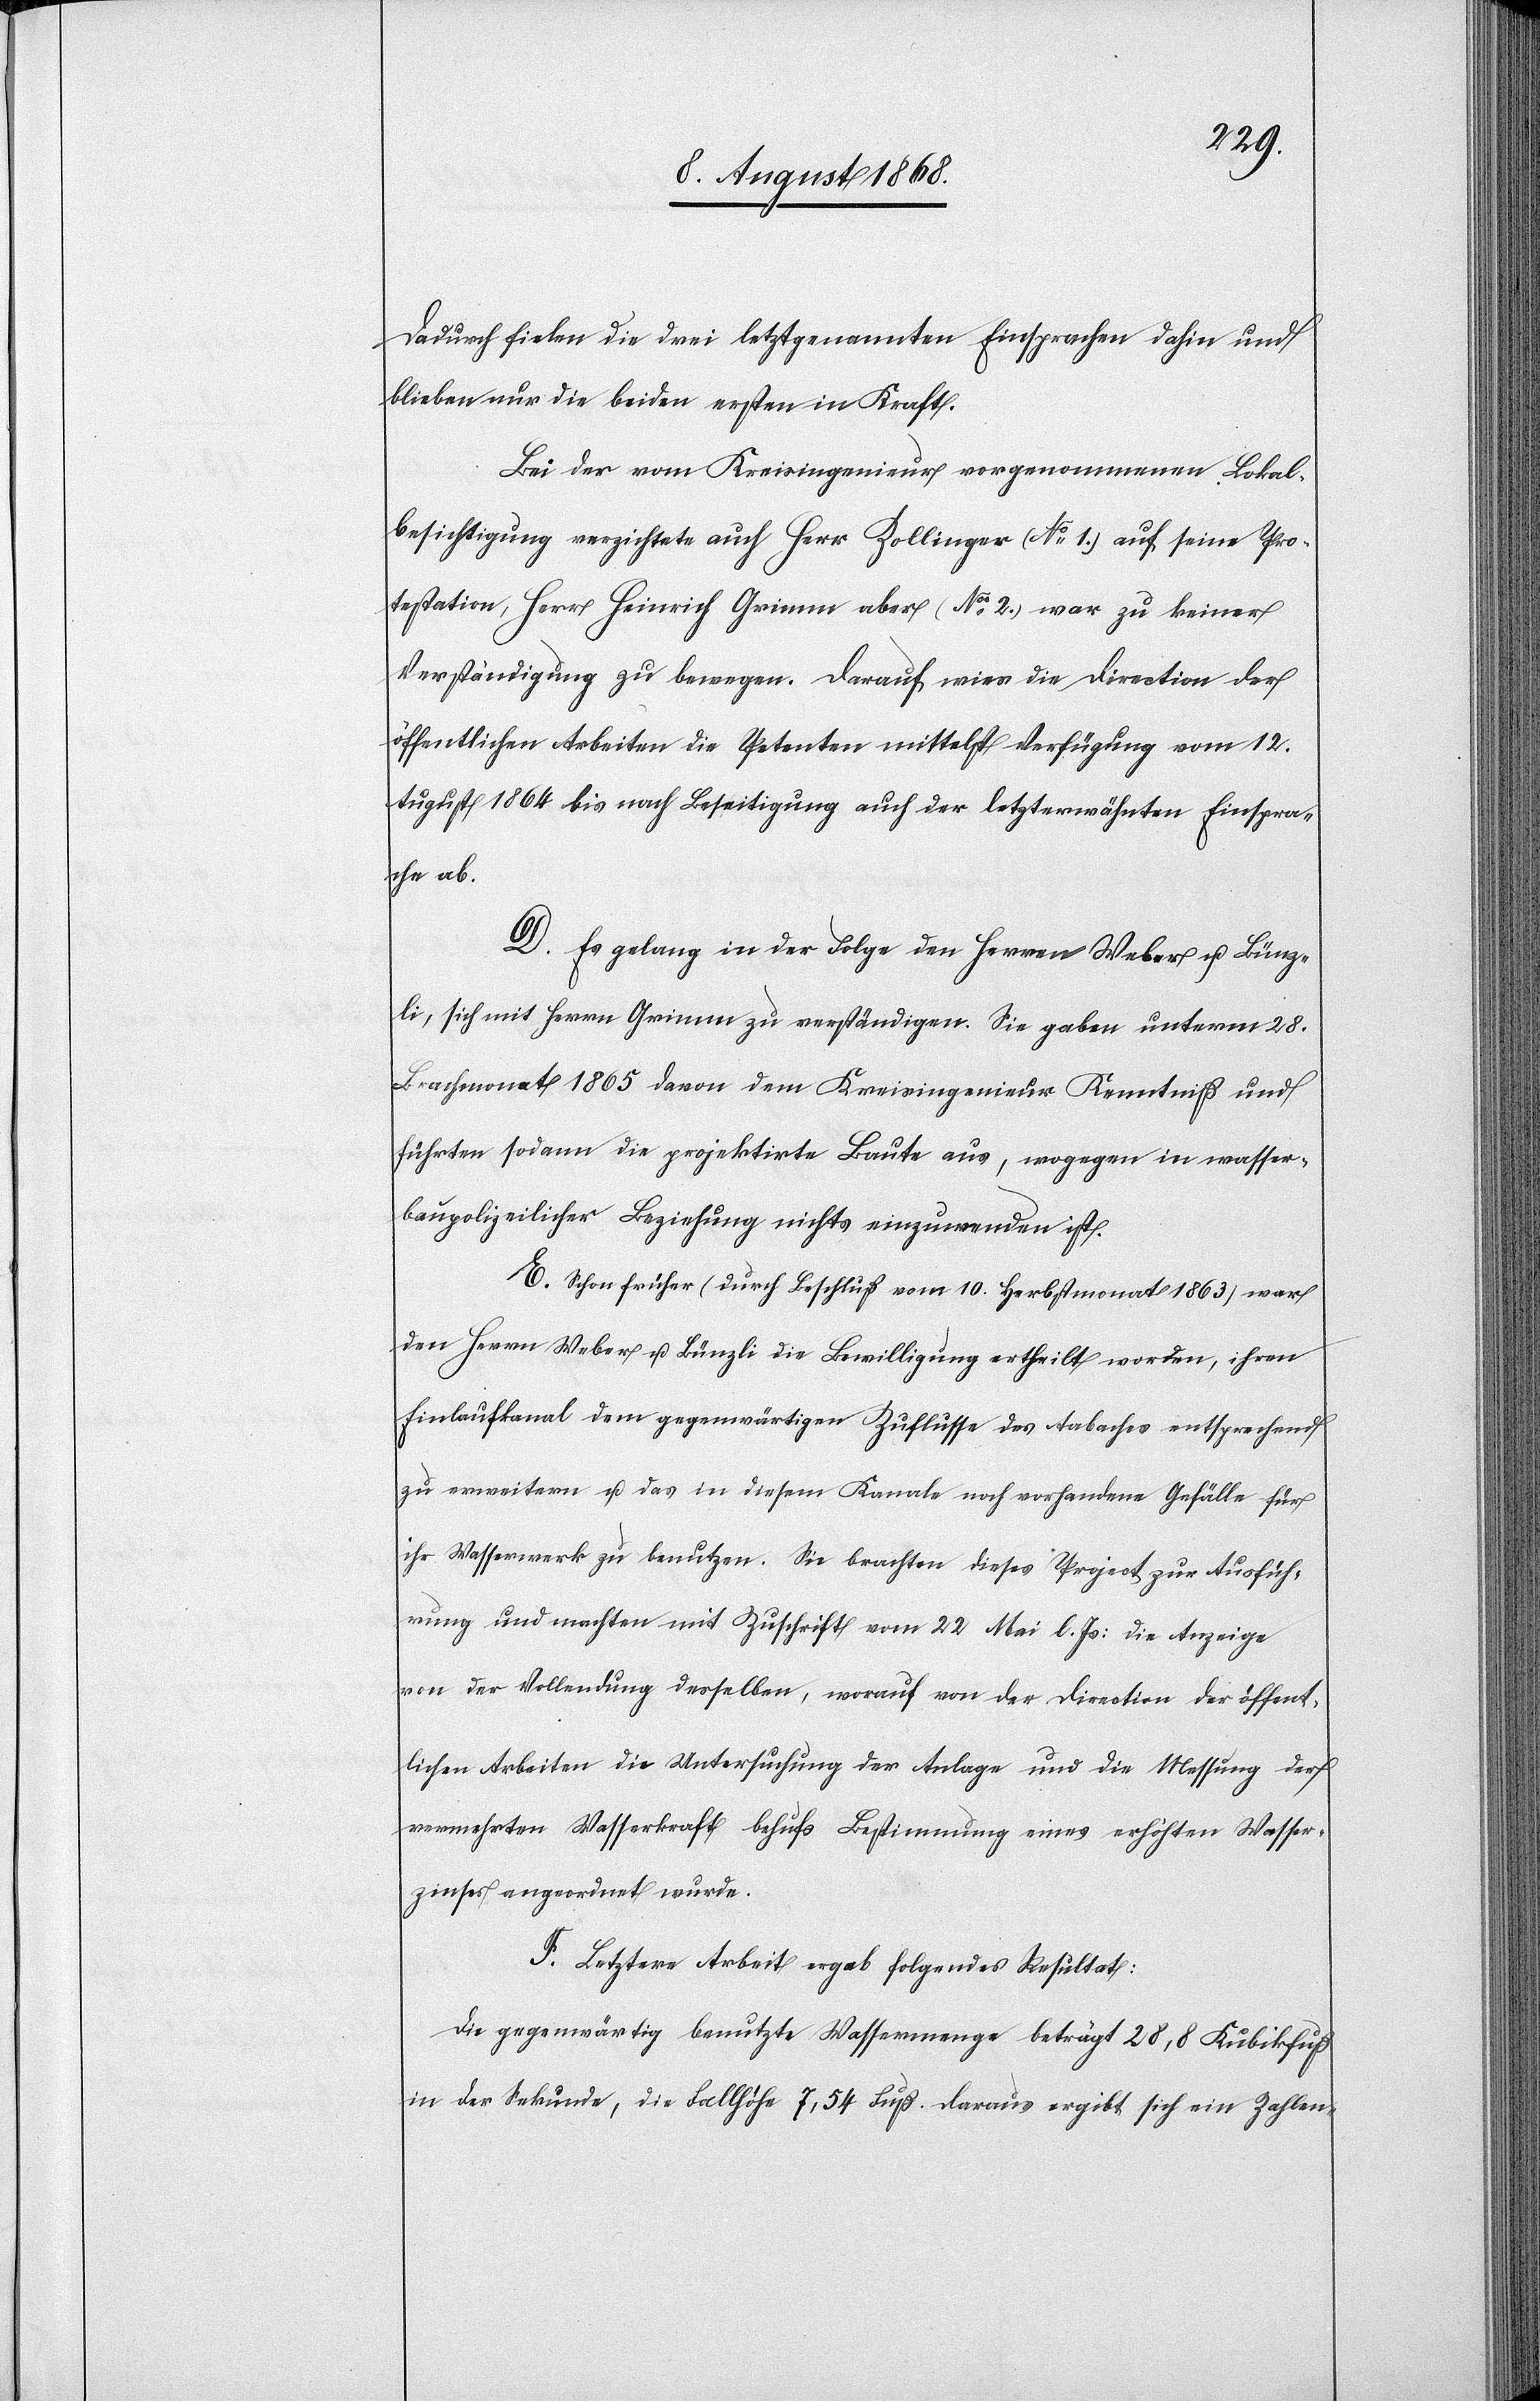
Dadurch fielen die drei letztgenannten Einsprachen dahin und
blieben nur die beiden ersten in Kraft.
Bei der vom Kreisingenieur vorgenommenen Lokal¬
besichtigung verzichtete auch Herr Zollinger (No 1.) auf seine Pro¬
testation, Herr Heinrich Grimm aber (No 2.) war zu keiner
Verständigung zu bewegen. Darauf wies die Direction der
öffentlichen Arbeiten die Petenten mittelst Verfügung vom 12.
August 1864 bis nach Beseitigung auch der letzterwähnten Einspra¬
che ab.
D. Es gelang in der Folge den Herren Weber u. Bünz¬
li, sich mit Herrn Grimm zu verständigen. Sie gaben unterm 28.
Brachmonat 1865 davon dem Kreisingenieur Kenntniß und
führten sodann die projektirte Baute aus, wogegen in wasser¬
baupolizeilicher Beziehung nichts einzuwenden ist.
E. Schon früher (durch Beschluß vom 10. Herbstmonat 1863) war
den Herrn Weber u. Bünzli die Bewilligung ertheilt worden, ihren
Einlaufkanal dem gegenwärtigen Zuflusse des Aabaches entsprechend
zu erweitern u. das in diesem Kanale noch vorhandene Gefälle für
ihr Wasserwerk zu benutzen. Sie brachten dieses Project zur Ausfüh¬
rung und machten mit Zuschrift vom 22 Mai l. Js: die Anzeige
von der Vollendung desselben, worauf von der Direction der öffent¬
lichen Arbeiten die Untersuchung der Anlage und die Messung der
vermehrten Wasserkraft behufs Bestimmung eines erhöhten Wasser¬
zinses angeordnet wurde.
F. Letztere Arbeit ergab folgendes Resultat:
Die gegenwärtig benutzte Wassermenge beträgt 28,8 Kubikfuß